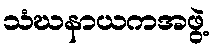
သံဃနာယကအဖွဲ့